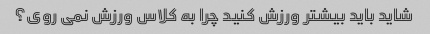
شاید باید بیشتر ورزش کنید چرا به کلاس ورزش نمی روی؟